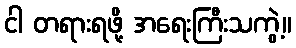
ငါ တရားရဖို့ အရေးကြီးသကွဲ့။